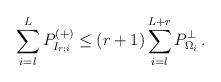
LaTeX: \begin{align*}\sum_{i=l}^{L}P^{(+)}_{I_{r;i}}\leq (r+1) \sum_{i=l}^{L+r} P^{\perp}_{\Omega_i} \,.\end{align*}